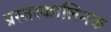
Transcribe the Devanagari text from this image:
प्रस्तरकालिनक